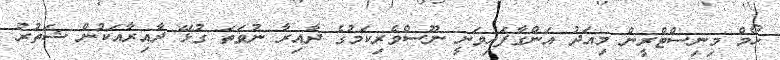
ހޯމް މިނިސްޓްރީން މިއަދު އަންގާފައިވަނީ ނޫސްވެރިކަމުގެ ދާއިރާ ނުވަތަ ގުޅޭ ދާއިރާއަކުން ޝަތުރު